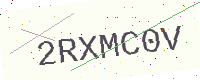
Text: 2RXMC0V